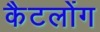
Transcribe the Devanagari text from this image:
कैटलोंग